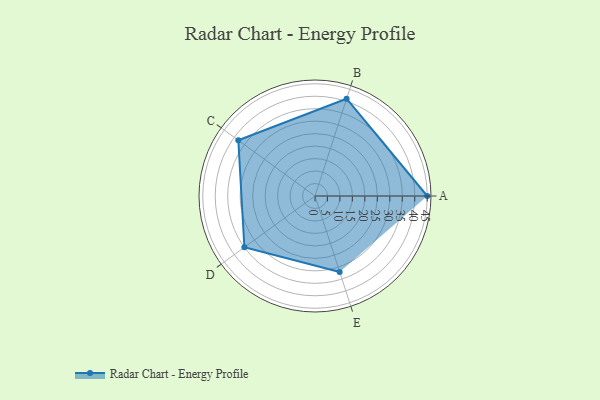
{"axis": {"x": "Skill", "y": "Score"}, "legend": ["Profile"], "data": [{"x": "A", "y": 45.0, "type": "Profile"}, {"x": "B", "y": 41.0, "type": "Profile"}, {"x": "C", "y": 38.0, "type": "Profile"}, {"x": "D", "y": 35.0, "type": "Profile"}, {"x": "E", "y": 32.0, "type": "Profile"}]}